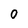
Character: 0